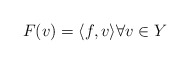
\begin{align*}F(v) = \langle f, v\rangle \forall v\in Y \end{align*}